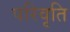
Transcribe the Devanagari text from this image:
परिवृति